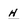
Character: h